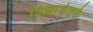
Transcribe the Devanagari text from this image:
विद्यावेतने